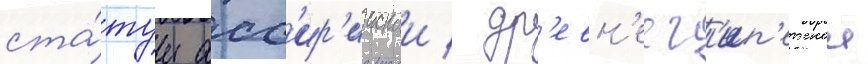
ста́туи асс'ир'иискои / др'евн'еег'ип'етскои